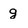
Character: g